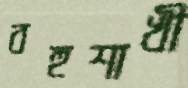
বহুশাখী